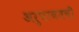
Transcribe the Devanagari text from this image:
अरुणाचलची